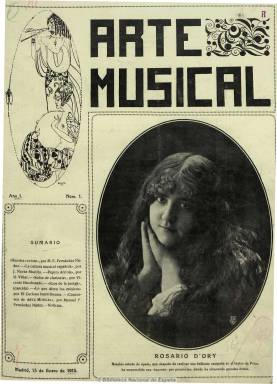
Título: Arte musical (Madrid)
Colección: Música
Ámbito geográfico: Madrid
Lugar de publicación: Madrid
Fechas: 15/01/1915-31/03/1918

Publicación quincenal editada por Ildefonso Alier y dirigida, primero, por Manuel Fernández Núñez y, desde el número 65, por José Subirá, dedicada al fomento y divulgación del arte musical, preferentemente el lírico, con artículos de estudio y crítica y crónicas musicales, noticias de actualidad teatral y estrenos en las diversas provincias españolas, notas bibliográficas, informaciones sobre las sociedades y orquestas filarmónicas, composiciones poéticas relacionadas con la música, y notas biográficas de compositores y artistas, acompañadas de sus retratos fotográficos. Entre sus colaboradores se encuentran los dos directores que tuvo, así como Vicente Escohotado, J. Navas Murillo, Ángel Andrade Gayoso y R. Villar, entre otros. De entre 6 y 8 páginas de texto por número, más la cubierta, editó también otras doce páginas con partituras, que no se encuetran en esta colección. En su número 78 señala que suspende su publicación por el problema económico que supone el aumento del precio del papel para su impresión.